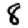
Digit: 8